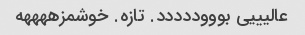
عالیییی بوووددددد. تازه. خوشمزههههه